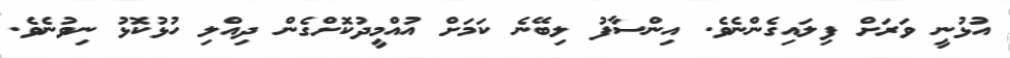
އުޅުނީ ވަރަށް ފިލައިގެންނެވެ. އިންސާފު ލިބޭނެ ކަމަށް އުއްމީދުކޮށްގެން ދިއްލި ހުޅުކޮޅު ނިވުނެވެ.